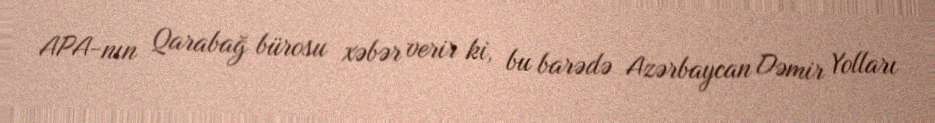
APA-nın Qarabağ bürosu xəbər verir ki, bu barədə Azərbaycan Dəmir Yolları